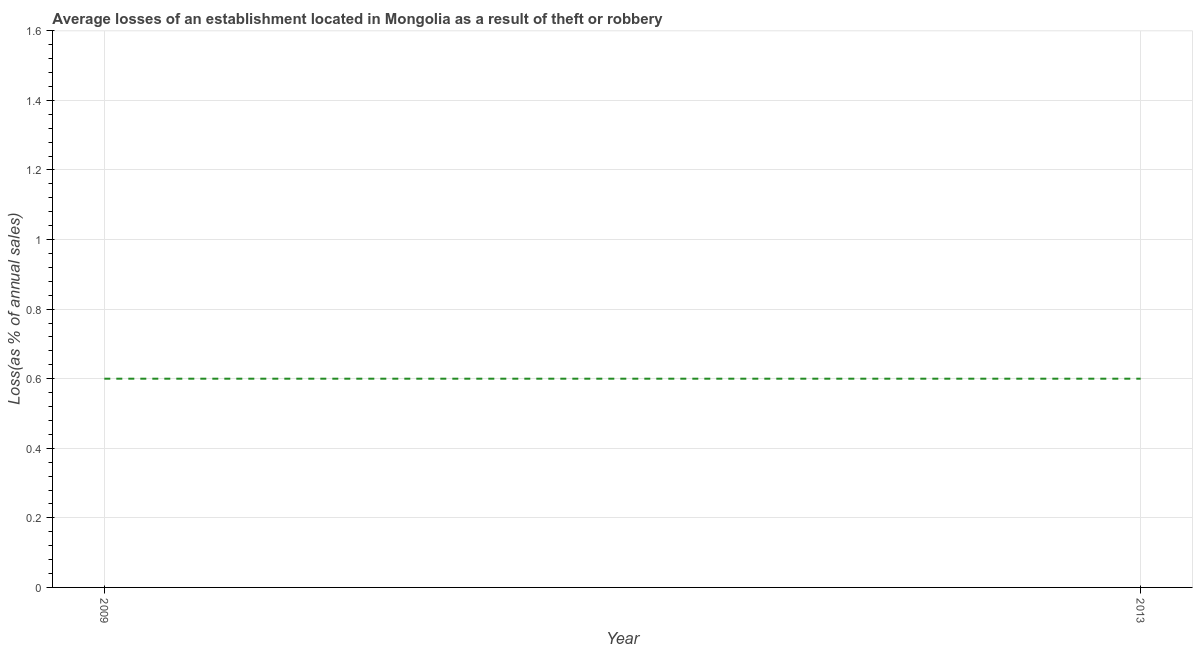
| Year | Losses due to theft |
 | --- | --- |
 | 2009 | 0.6 |
 | 2013 | 0.6 |